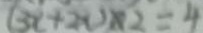
( 3 x + 2 x ) \times 2 = 4